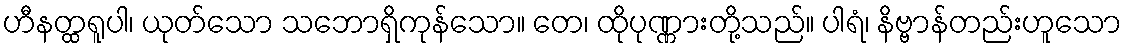
ဟီနတ္ထရူပါ၊ ယုတ်သော သဘောရှိကုန်သော။ တေ၊ ထိုပုဏ္ဏားတို့သည်။ ပါရံ၊ နိဗ္ဗာန်တည်းဟူသော